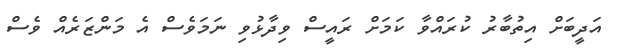
އަދީބަށް އިތުބާރު ކުރައްވާ ކަމަށް ރައީސް ވިދާޅުވި ނަމަވެސް އެ މަންޒަރެއް ވެސް